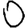
Digit: 0